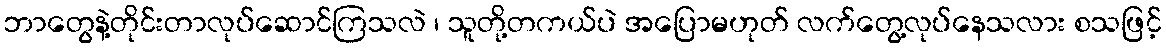
ဘာတွေနဲ့တိုင်းတာလုပ်ဆောင်ကြသလဲ ၊ သူတို့တကယ်ပဲ အပြောမဟုတ် လက်တွေ့လုပ်နေသလား စသဖြင့်